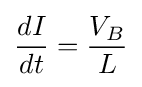
{dI \over dt}={V_{B} \over L}